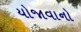
યોજાવાનો